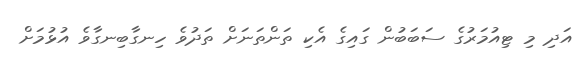
އަދި މި ޓިއުމަރުގެ ސަބަބުން ގައިގެ އެކި ތަންތަނަށް ތަދުވެ ހިނގާބިނގާވެ އުޅުމަށް